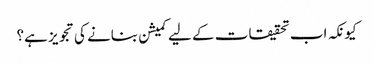
کیونکہ اب تحقیقات کے لیے کمیشن بنانے کی تجویز ہے؟